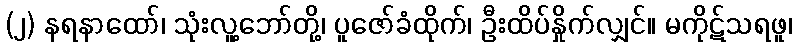
(၂) နရနာထော်၊ သုံးလူ့ဘော်တို့၊ ပူဇော်ခံထိုက်၊ ဦးထိပ်နှိုက်လျှင်။ မကိုဋ်သရဖူ၊